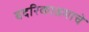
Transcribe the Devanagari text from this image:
बदरिकाश्रमाचे